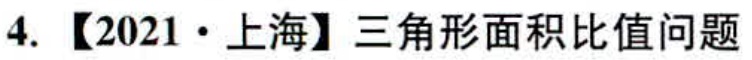
4. 【2021·上海】三角形面积比值问题